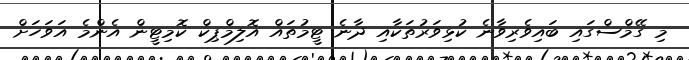
މި ގޭމްސްގައި ބައިވެރިވާނެ ކުޅިވަރުތަކާއި ދާނެ ޓީމުތައް އޮލިމްޕިކް ކޮމިޓީން އެންމެ އަވަހަށް